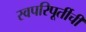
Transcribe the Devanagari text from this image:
स्वपरिपूर्तीची